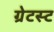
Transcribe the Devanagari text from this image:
ग्रेटस्ट